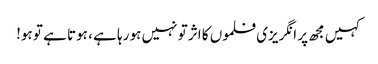
کہیں مجھ پر انگریزی فلموں کا اثر تو نہیں ہو رہا ہے ، ہوتا ہے تو ہو!